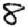
Digit: 8